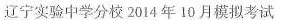
辽宁实验中学分校 2014 年 10 月模拟考试